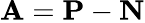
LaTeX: \mathbf{A}=\mathbf{P}-\mathbf{N}